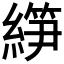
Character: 𰫰